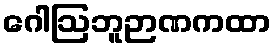
ဂေါဩဘူဉာဏကထာ